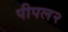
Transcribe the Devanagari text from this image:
पीपल२